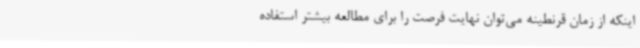
اینکه از زمان قرنطینه می‌توان نهایت فرصت را برای مطالعه بیشتر استفاده